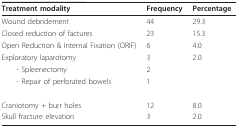
<table><thead><tr><td><b>Treatment modality</b></td><td><b>Frequency</b></td><td><b>Percentage</b></td></tr></thead><tbody><tr><td>Wound debridement</td><td>44</td><td>29.3</td></tr><tr><td>Closed reduction of factures</td><td>23</td><td>15.3</td></tr><tr><td>Open Reduction &amp; Internal Fixation (ORIF)</td><td>6</td><td>4.0</td></tr><tr><td>Exploratory laparotomy</td><td>3</td><td>2.0</td></tr><tr><td> - Spleenectomy</td><td>2</td><td></td></tr><tr><td> - Repair of perforated bowels</td><td>1</td><td></td></tr><tr><td>Craniotomy + burr holes</td><td>12</td><td>8.0</td></tr><tr><td>Skull fracture elevation</td><td>3</td><td>2.0</td></tr></tbody></table>